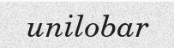
unilobar